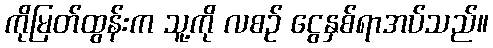
ကိုမြတ်ထွန်းက သူ့ကို လစဉ် ငွေနှစ်ရာအပ်သည်။